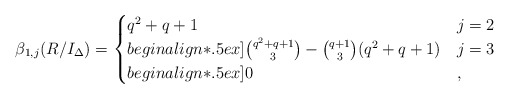
\begin{align*}\beta_{1, j} (R/I_{\Delta}) = \begin{cases}q^2 + q + 1 & j = 2 \\begin{align*}.5ex]\binom{q^2 + q + 1}{3} - \binom{q+1}{3} (q^2 + q + 1) & j = 3 \\begin{align*}.5ex]0 & ,\end{cases}\end{align*}